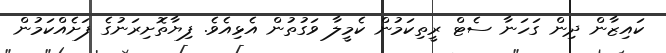
ކައިޒާން ދިން ގަހަނާ ސެޓް ރީތިކަމުން ކެމީލާ ވަގުތުން އެޅިއެވެ. ފިޔާތޮށިރަނުގެ ފަށެއްކަމުން